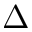
\Delta